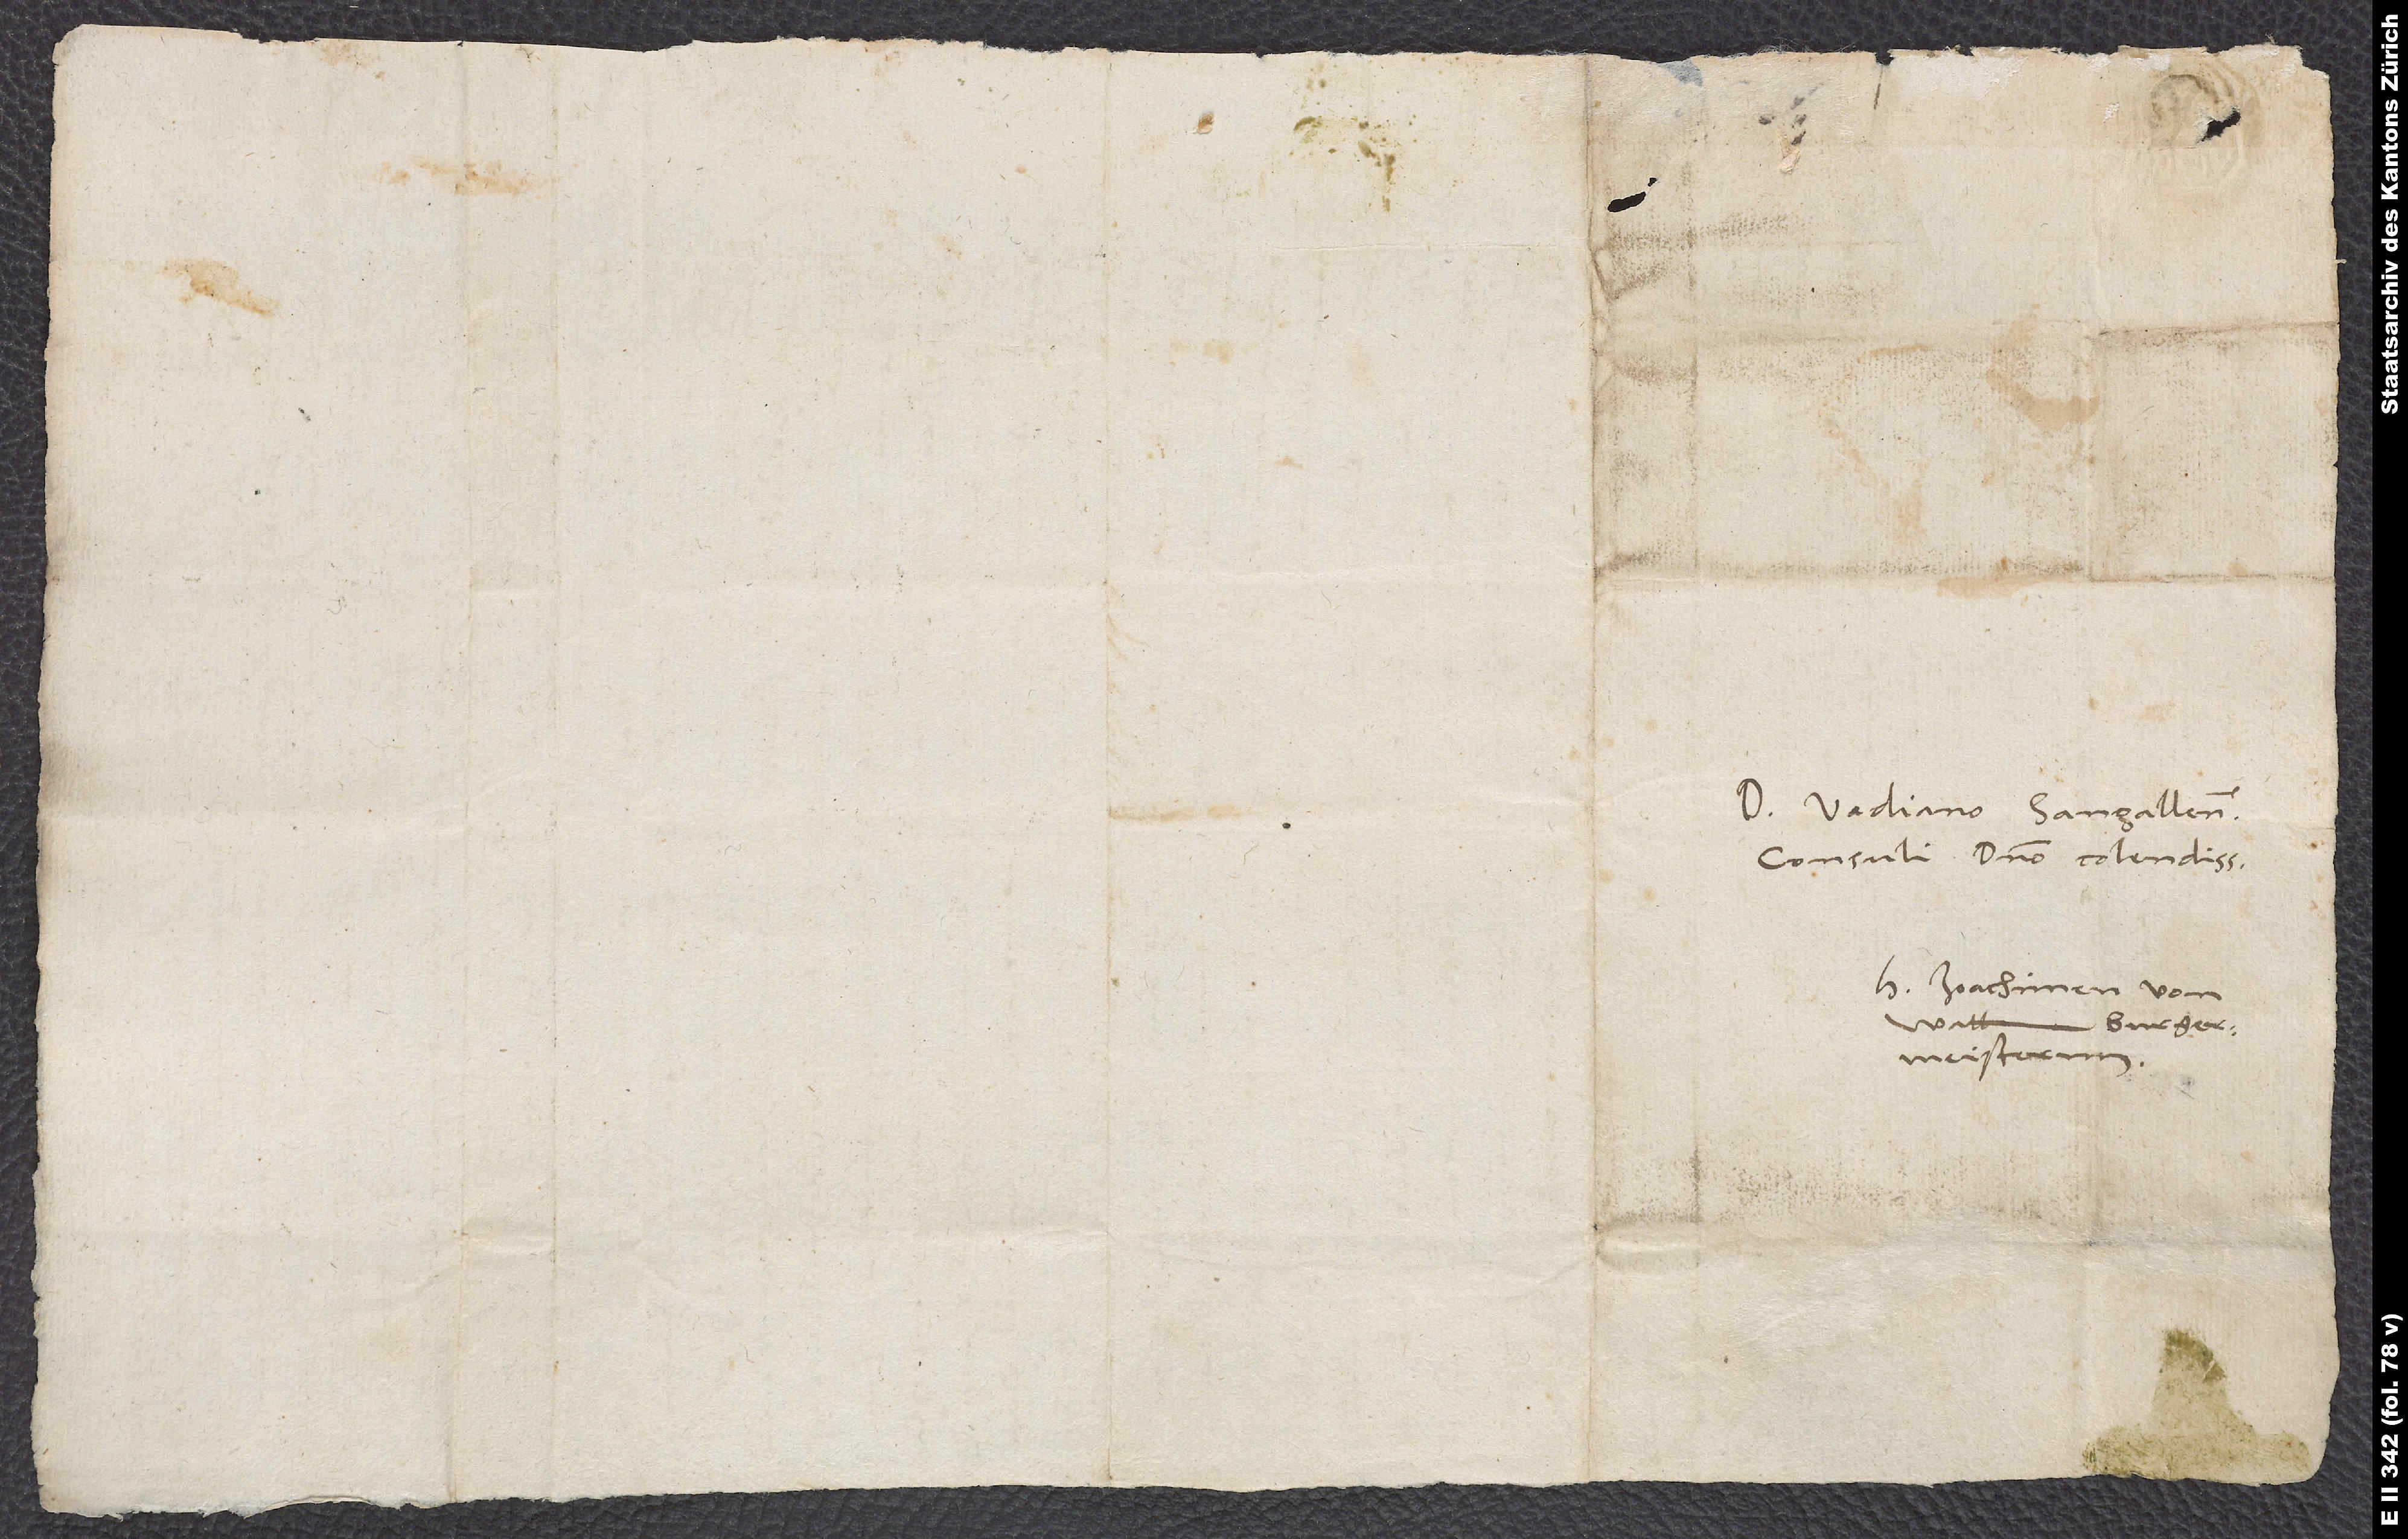
D. Vadiano, Sangallensi
consuli, domino colendissimo.
H. Joachimen von
Watt,
burger